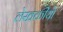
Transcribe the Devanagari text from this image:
लेखकीयो